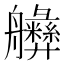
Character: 𱽆